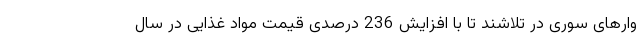
وارهای سوری در تلاشند تا با افزایش 236 درصدی قیمت مواد غذایی در سال